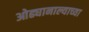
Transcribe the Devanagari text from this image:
ओढ्यानाल्याच्या